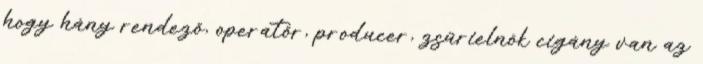
hogy hány rendező, operatőr, producer, zsűrielnök cigány van az